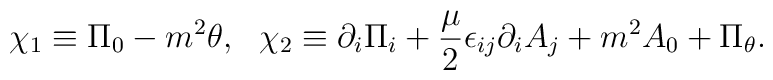
\chi _1\equiv \Pi _0-m^2\theta,~~\chi _2\equiv \partial _i\Pi _i+{\mu \over 2}\epsilon _{ij}\partial _iA_j+m^2 A_0 +\Pi _\theta .